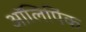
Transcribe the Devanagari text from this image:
ऑलिपिंक